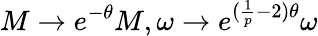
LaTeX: M\rightarrow e^{-\theta}M,\omega\rightarrow e^{(\frac{1}{p}-2)\theta}\omega